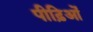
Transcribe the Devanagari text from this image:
पीढ़िओं